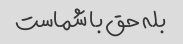
بله حق با شماست